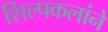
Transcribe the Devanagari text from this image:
शिल्पकलांने